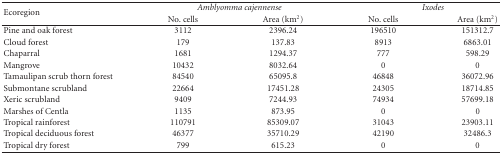
<table><thead><tr><td rowspan="2"><b>Ecoregion</b></td><td colspan="2"><b><i>Amblyomma cajennense</i></b></td><td colspan="2"><b><i>Ixodes</i></b></td></tr><tr><td><b>No. cells</b></td><td><b>Area (km<sup>2</sup>)</b></td><td><b>No. cells</b></td><td><b>Area (km<sup>2</sup>)</b></td></tr></thead><tbody><tr><td>Pine and oak forest</td><td>3112</td><td>2396.24</td><td>196510</td><td>151312.7</td></tr><tr><td>Cloud forest</td><td>179</td><td>137.83</td><td>8913</td><td>6863.01</td></tr><tr><td>Chaparral</td><td>1681</td><td>1294.37</td><td>777</td><td>598.29</td></tr><tr><td>Mangrove</td><td>10432</td><td>8032.64</td><td>0</td><td>0</td></tr><tr><td>Tamaulipan scrub thorn forest</td><td>84540</td><td>65095.8</td><td>46848</td><td>36072.96</td></tr><tr><td>Submontane scrubland</td><td>22664</td><td>17451.28</td><td>24305</td><td>18714.85</td></tr><tr><td>Xeric scrubland</td><td>9409</td><td>7244.93</td><td>74934</td><td>57699.18</td></tr><tr><td>Marshes of Centla</td><td>1135</td><td>873.95</td><td>0</td><td>0</td></tr><tr><td>Tropical rainforest</td><td>110791</td><td>85309.07</td><td>31043</td><td>23903.11</td></tr><tr><td>Tropical deciduous forest</td><td>46377</td><td>35710.29</td><td>42190</td><td>32486.3</td></tr><tr><td>Tropical dry forest</td><td>799</td><td>615.23</td><td>0</td><td>0</td></tr></tbody></table>